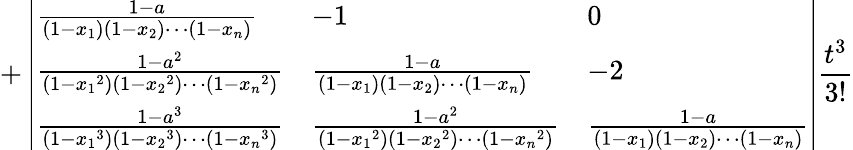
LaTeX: +\left|\begin{array}{lll}{\frac{1-a}{\left(1-{x_{1}}\right)\left(1-{x_{2}}\right)\cdots\left(1-{x_{n}}\right)}}&{-1}&{0}\\ {\frac{1-a^{2}}{\left(1-{x_{1}}^{2}\right)\left(1-{x_{2}}^{2}\right)\cdots\left(1-{x_{n}}^{2}\right)}}&{\frac{1-a}{\left(1-{x_{1}}\right)\left(1-{x_{2}}\right)\cdots\left(1-{x_{n}}\right)}}&{-2}\\ {\frac{1-a^{3}}{\left(1-{x_{1}}^{3}\right)\left(1-{x_{2}}^{3}\right)\cdots\left(1-{x_{n}}^{3}\right)}}&{\frac{1-a^{2}}{\left(1-{x_{1}}^{2}\right)\left(1-{x_{2}}^{2}\right)\cdots\left(1-{x_{n}}^{2}\right)}}&{\frac{1-a}{\left(1-{x_{1}}\right)\left(1-{x_{2}}\right)\cdots\left(1-{x_{n}}\right)}}\end{array}\right|\frac{t^{3}}{3!}